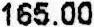
165.00